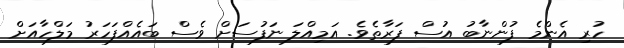
ހުރި އެންމެ ފުންނާބު އުސް ފަރާތެވެ. އަމިއްލަ ނަފުސަށް ވެސް ބައެއްފަހަރު މަލްހާއަށް